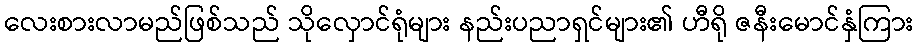
လေးစားလာမည်ဖြစ်သည် သိုလှောင်ရုံများ နည်းပညာရှင်များ၏ ဟီရို ဇနီးမောင်နှံကြား